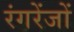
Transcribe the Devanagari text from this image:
रंगरेंजों